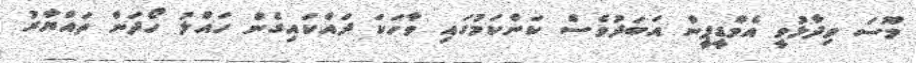
މޫސަ ވިދާޅުވީ އެމްޑީޕީން އަބަދުވެސް ކަންކަމުގައި ވާހަކަ ދައްކައިގެން ހައްލު ހޯދަން ތައްޔާރު